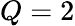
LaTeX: Q=2